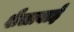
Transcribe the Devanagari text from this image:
शैलाबाई